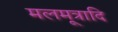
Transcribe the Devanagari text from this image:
मलमूत्रादि